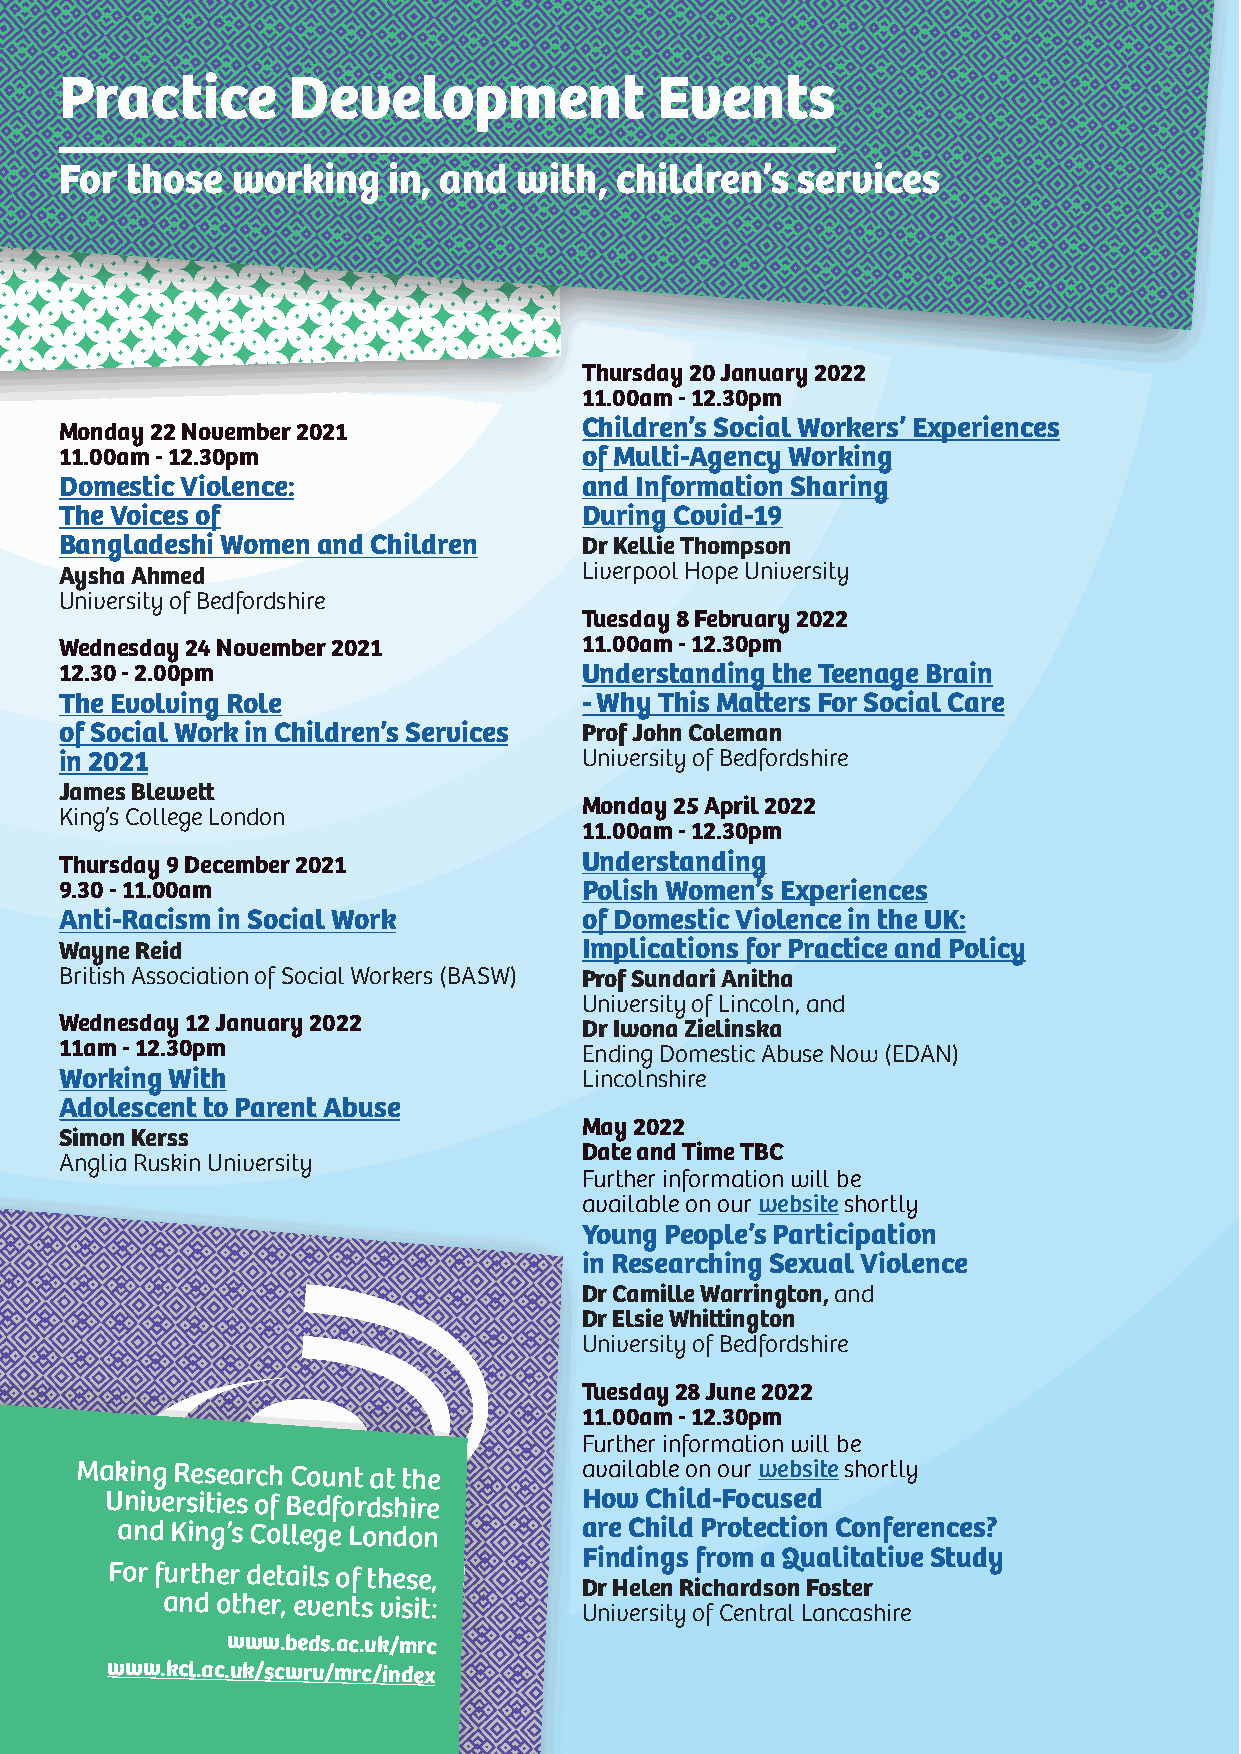
Practice       Development             Events
 For those  working    in, and with,  children’s  services
 Thursday 20 January 2022
 11.00am - 12.30pm
 Monday 22 November 2021            Children’s Social Workers’ Experiences
 11.00am - 12.30pm                  of Multi-Agency Working
 Domestic Violence:                 and Information Sharing
 The Voices of                      During Covid-19
 Bangladeshi Women and Children     Dr Kellie Thompson
 Aysha Ahmed                        Liverpool Hope University
 University of Bedfordshire
 Tuesday 8 February 2022
 Wednesday 24 November 2021         11.00am - 12.30pm
 12.30 - 2.00pm                     Understanding the Teenage Brain
 The Evolving Role                  - Why This Matters For Social Care
 of Social Work in Children’s Services Prof John Coleman
 in 2021                            University of Bedfordshire
 James Blewett
 Monday 25 April 2022
 King’s College London
 11.00am - 12.30pm
 Thursday 9 December 2021           Understanding
 9.30 - 11.00am                     Polish Women’s Experiences
 Anti-Racism in Social Work         of Domestic Violence in the UK:
 Wayne Reid                         Implications for Practice and Policy
 British Association of Social Workers (BASW) Prof Sundari Anitha
 University of Lincoln, and
 Wednesday 12 January 2022          Dr Iwona Zielinska
 11am - 12.30pm                     Ending Domestic Abuse Now (EDAN)
 Working With                       Lincolnshire
 Adolescent to Parent Abuse
 May 2022
 Simon Kerss
 Date and Time TBC
 Anglia Ruskin University
 Further information will be
 available on our website shortly
 Young People’s Participation
 in Researching Sexual Violence
 Dr Camille Warrington, and
 Dr Elsie Whittington
 University of Bedfordshire
 Tuesday 28 June 2022
 11.00am - 12.30pm
 Further information will be
 Making Research Count at the      available on our website shortly
 Universities of Bedfordshire    How Child-Focused
 and King’s Colleg Me AL Kon INd Gon are Child Protection Conferences?
 Findings from a Qualitative Study
 For further detailsR oEfS tEhAesReC, H
 Dr Helen Richardson Foster
 and other, evCenOtUs NviTsit:
 University of Central Lancashire
 www.beds.ac.uk/mrc
 www.kcl.ac.uk/scwru/mrc/index
 2 | Making Research Count | November 2021